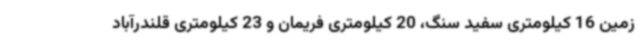
زمین 16 کیلومتری سفید سنگ، 20 کیلومتری فریمان و 23 کیلومتری قلندرآباد